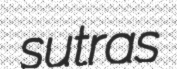
sutras